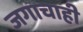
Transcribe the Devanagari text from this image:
जगाचाही